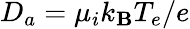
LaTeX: D_{a}=\mu_{i}k_{\mathbf{B}}T_{e}/e